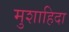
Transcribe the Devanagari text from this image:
मुशाहिदा